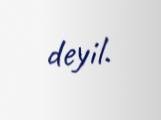
deyil.